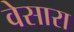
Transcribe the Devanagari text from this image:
वेसारा